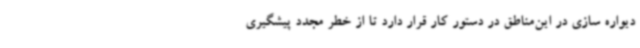
دیواره سازی در این‌مناطق در دستور کار قرار دارد تا از خطر مجدد پیشگیری